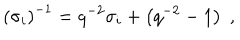
\left( \sigma _ { i } \right) ^ { - 1 } = q ^ { - 2 } \sigma _ { i } + \left( q ^ { - 2 } - 1 \right) \; ,